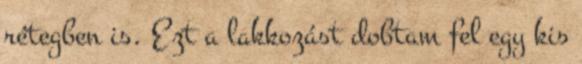
rétegben is. Ezt a lakkozást dobtam fel egy kis